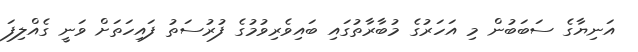
އަނިޔާގެ ސަބަބުން މި އަހަރުގެ މުބާރާތުގައި ބައިވެރިވުމުގެ ފުރުސަތު ފައިހަތަށް ވަނީ ގެއްލިފަ